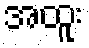
အထူး